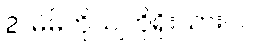
2. မိမိကိုယျကိုရိုးသားပါ။